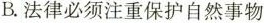
B.法律必须注重保护自然事物